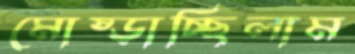
মোষ্‌ড়াচ্ছিলাম